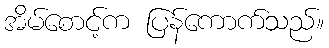
အိမ်စောင့်က ပြန်ကောက်သည်။